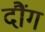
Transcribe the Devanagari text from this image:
दौंग